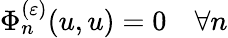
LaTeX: \Phi_{n}^{(\varepsilon)}(u,u)=0\quad\forall n